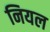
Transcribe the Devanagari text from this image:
नियल